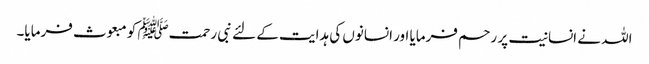
اللہ نے انسانیت پر رحم فرمایا اور انسانوں کی ہدایت کے لئے نبی رحمتﷺ کو مبعوث فرمایا۔